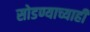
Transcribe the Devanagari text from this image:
सोडण्याच्याही